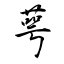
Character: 萼